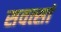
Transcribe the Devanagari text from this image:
सवत्सां